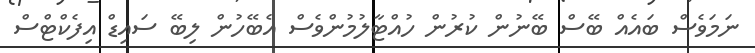
ނަމަވެސް ބައެއް ބޭސް ބޭނުން ކުރުން ހުއްޓާލުމުންވެސް އެބޭހުން ލިބޭ ސައިޑް އިފެކްޓްސް